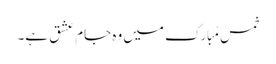
خمسِ مُبارک میں وہ جامِ عشق ہے۔